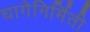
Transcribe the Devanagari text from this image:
धागेनिर्मिती